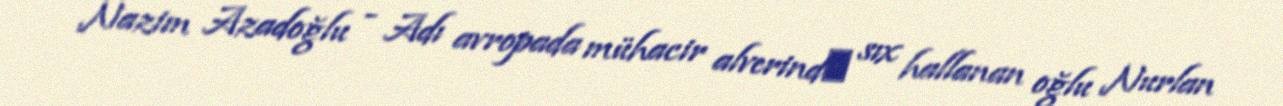
Nazim Azadoğlu - Adı avropada mühacir alverindә sıx hallanan oğlu Nurlan